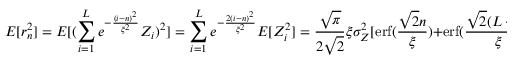
E [ r _ { n } ^ { 2 } ] = E [ ( \sum _ { i = 1 } ^ { L } e ^ { - \frac { ( i - n ) ^ { 2 } } { \xi ^ { 2 } } } Z _ { i } ) ^ { 2 } ] = \sum _ { i = 1 } ^ { L } e ^ { - \frac { 2 ( i - n ) ^ { 2 } } { \xi ^ { 2 } } } E [ Z _ { i } ^ { 2 } ] = \frac { \sqrt { \pi } } { 2 \sqrt { 2 } } \xi \sigma _ { Z } ^ { 2 } [ \operatorname { e r f } ( \frac { \sqrt { 2 } n } { \xi } ) + \operatorname { e r f } ( \frac { \sqrt { 2 } ( L - n ) } { \xi } ]